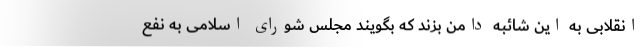
انقلابی به این شائبه دامن بزند که بگویند مجلس شورای اسلامی به نفع